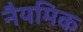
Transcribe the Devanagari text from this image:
नैयमिक